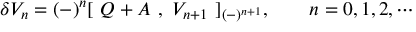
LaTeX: \delta { \cal { V } } _ { n } = ( - ) ^ { n } [ \ Q + { \cal { A } } \ , \ { \cal { V } } _ { n + 1 } \ ] _ { ( - ) ^ { n + 1 } } , \qquad n = 0 , 1 , 2 , \cdots